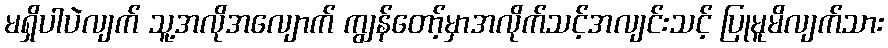
မရှိပါပဲလျက် သူ့အလိုအလျောက် ကျွန်တော့်မှာအလိုက်သင့်အလျင်းသင့် ပြုမူမိလျက်သား